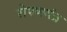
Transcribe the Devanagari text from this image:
रोपणयंत्र